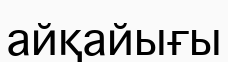
айқайығы